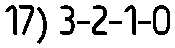
17) 3-2-1-0